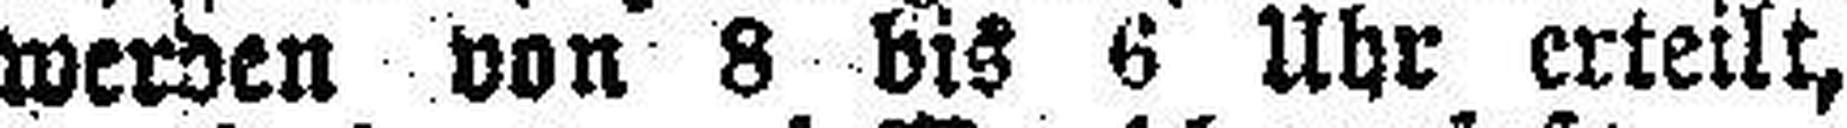
werden von 8 bis 6 Uhr erteilt,